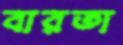
বারতা